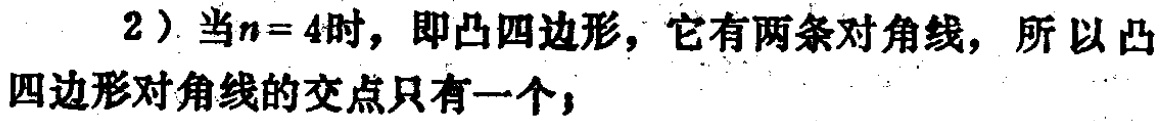
2）当\(n = 4\)时，即凸四边形，它有两条对角线，所以凸四边形对角线的交点只有一个；